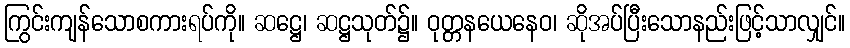
ကြွင်းကျန်သောစကားရပ်ကို။ ဆဋ္ဌေ၊ ဆဋ္ဌသုတ်၌။ ဝုတ္တနယေနေဝ၊ ဆိုအပ်ပြီးသောနည်းဖြင့်သာလျှင်။